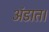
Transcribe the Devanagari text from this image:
अंडात।